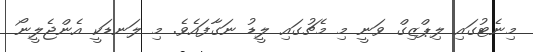
މިނެޓުގައި ލިޕްޒިގް ވަނީ މި މެޗުގައި ލީޑު ނަގާފައެވެ. މި ލަނޑަކީ އެންޖެލީނޯ